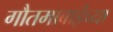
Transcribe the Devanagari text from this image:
गौतमाबाईच्या